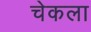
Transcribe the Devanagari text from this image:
चेकला